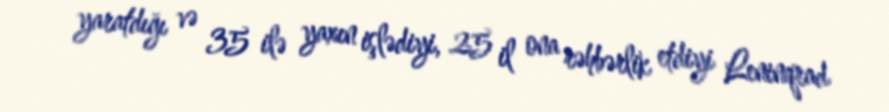
yaratdığı və 35 ilə yaxın işlədiyi, 25 il ona rəhbərlik etdiyi Leninqrad